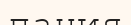
пания